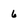
Character: 6